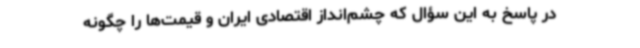
در پاسخ به این سؤال که چشم‌انداز اقتصادی ایران و قیمت‌ها را چگونه